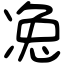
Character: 𠗟